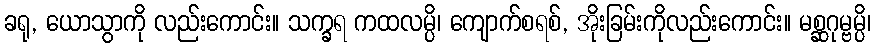
ခရု, ယောသွာကို လည်းကောင်း။ သက္ခရ ကထလမ္ပိ၊ ကျောက်စရစ်, အိုးခြမ်းကိုလည်းကောင်း။ မစ္ဆဂုမ္ဗမ္ပိ၊